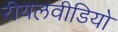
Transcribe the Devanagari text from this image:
रीयलवीडियो